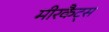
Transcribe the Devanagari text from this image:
मीरकैट्स